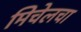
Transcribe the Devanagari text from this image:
मिचेलचा